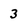
Character: 3